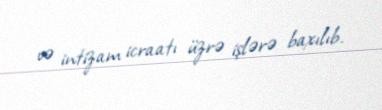
və intizam icraatı üzrə işlərə baxılıb.